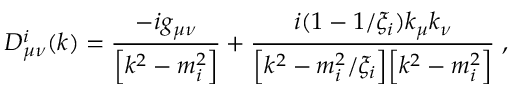
D _ { \mu \nu } ^ { i } ( k ) = \frac { - i g _ { \mu \nu } } { \Bigl [ k ^ { 2 } - m _ { i } ^ { 2 } \Bigr ] } + \frac { i ( 1 - 1 / \xi _ { i } ) k _ { \mu } k _ { \nu } } { \Bigl [ k ^ { 2 } - m _ { i } ^ { 2 } / \xi _ { i } \Bigr ] \Bigl [ k ^ { 2 } - m _ { i } ^ { 2 } \Bigr ] } \; ,